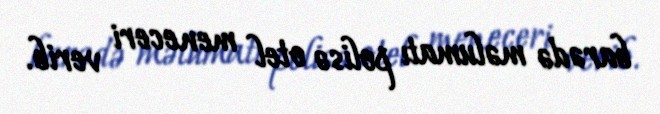
barədə məlumatı polisə otel meneceri verib.